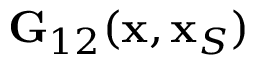
{ \bf G } _ { 1 2 } ( { \bf x } , { \bf x } _ { S } )